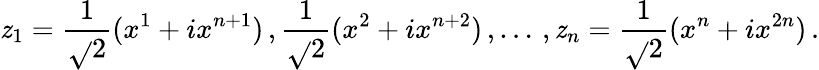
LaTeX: \mathit{z}_{1}=\frac{{1}}{{\sqrt{}{{2}}}}(x^{1}+ix^{n+1})\, ,\frac{{1}}{{\sqrt{}{{2}}}}(x^{2}+ix^{n+2})\, ,\dots\, ,\mathit{z}_{n}=\frac{{1}}{{\sqrt{}{{2}}}}(x^{n}+ix^{2n})\, .